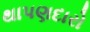
થાપણદારો